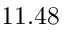
1 1 . 4 8